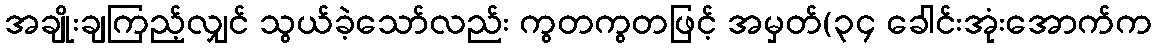
အချိုးချကြည့်လျှင် သွယ်ခဲ့သော်လည်း ကွတကွတဖြင့် အမှတ်(၃၄ ခေါင်းအုံးအောက်က